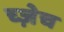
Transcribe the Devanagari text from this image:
च्ज़ेच